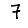
Digit: 7